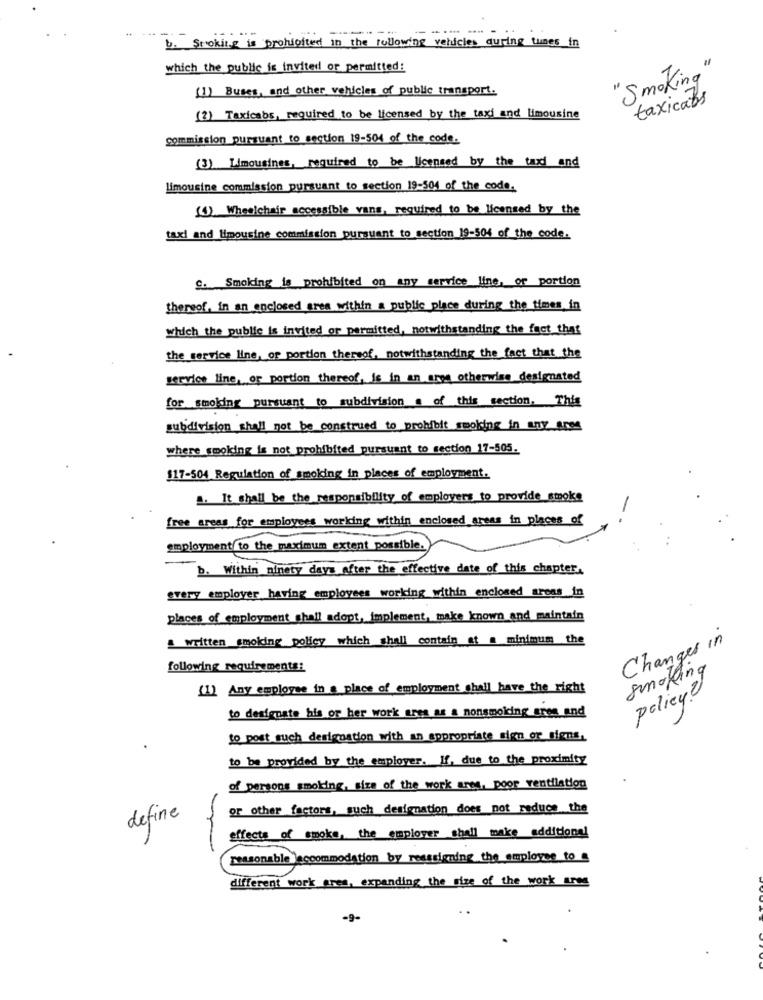
--
--- -- -
b. Stoking is prohibited in the following vehicles during tunes in
which the public is invited or permitted:
"Smoking"
(1) Buses, and other vehicles of public transport.
taxicabs
(2) Taxicabs, required to be licensed by the taxi and limousine
commission pursuant to section 19-504 of the code.
(3) Limousines, required to be licensed by the taxd and
limousine commission pursuant to section 19-304 of the code.
(1) Wheelchair accessible vans, required to be licensed by the
taxi and limousine commission pursuant to section 19-50% of the code.
C. Smoking is prohibited on any service line, or portion
thereof, in an enclosed sres within a public place during the times in
which the public is invited or permitted, notwithstanding the fact that
the service line, or portion thereof, notwithstanding the fact that the
service line, or portion thereof, is in an area otherwise designated
for smoking pursuant to subdivision of this section. This
subdivision shall not be construed to prohibit smoking in any area
where_smoking is not prohibited pursuant to section 17-505.
117-504 Regulation of smoking in places of employment.
1. It shall be the responsibility of employers to provide smoke
-
free areas for employees working within enclosed areas in places of
employment to the maximum extent possible.
--
b. Within ninety days after the effective date of this chapter.
every employer having employees working within enclosed areas in
places of employment shall adopt, implement, make known and maintain
written smoking policy which shall contain at a minimum the
Changes in
following requirements:
smoking
(1) Any employee in a place of employment shall have the right
policy?
to designate his or her work ares as a nonsmoking gres and
to post such designation with an appropriate sign or signs,
to be provided by the employer. If, due to the proximity
of persons smoking, size of the work ares, poor ventilation
or other factors, such designation does not reduce the
define
effects of smoke, the employer shall make additional
reasonable accommodation by resssiening the employee to
different work area, expanding the size of the work area
-9-